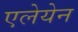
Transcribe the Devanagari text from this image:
एलेयेन